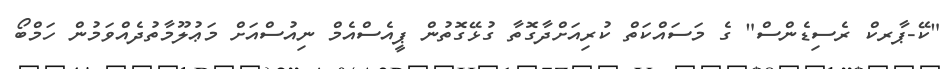
"ކޭ-ޕާރކް ރެސިޑެންސް" ގެ މަސައްކަތް ކުރިއަށްދާގޮތާ ގުޅޭގޮތުން ޕީއެސްއެމް ނިއުސްއަށް މަޢުލޫމާތުދެއްވަމުން ހަމްބޯ